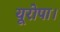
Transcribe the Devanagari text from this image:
यूरोपा।